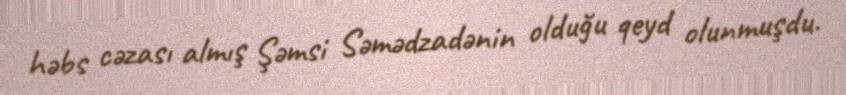
həbs cəzası almış Şəmsi Səmədzadənin olduğu qeyd olunmuşdu.